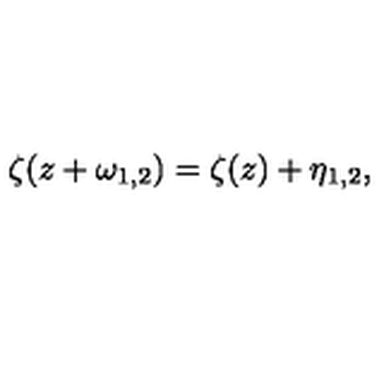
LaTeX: \zeta ( z + \omega _ { 1 , 2 } ) = \zeta ( z ) + \eta _ { 1 , 2 } ,